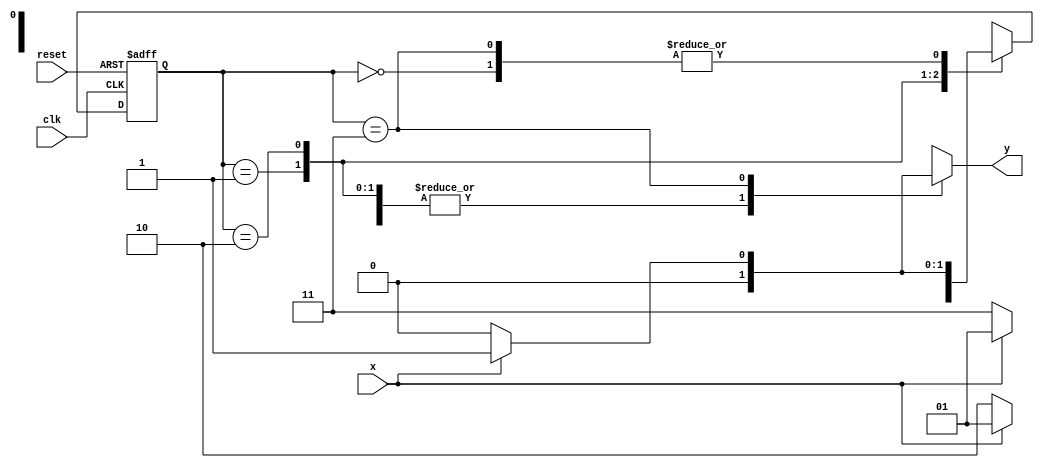
// -------------- 
// --- Mealy FSM 
// -------------- 
/* 
Mealy FSM Diagram 
__________________ 
/ \ 
1 v 1 0 1 | // found 
[start] ---> [id1] ---> [id10] ---> [id100] 
^ \0 0 | 1 / ^ 0 | // not found 
\_/ / \__/ | 
\_______/ / 
\ / 
\______________________/ 
*/ 
// constant definitions 
`define found 1 
`define notfound 0 
// FSM by Mealy 
module mealy1001 ( y, x, clk, reset ); 
output y; 
input x; 
input clk; 
input reset; 
reg y; 
parameter // state identifiers 
start = 2'b00, 
id1 = 2'b01, 
id10 = 2'b10, 
id100 = 2'b11; 
reg [1:0] E1; // current state variables 
reg [1:0] E2; // next state logic output 
// next state logic 
always @( x or E1 ) 
begin 
y = `notfound; 
case ( E1 ) 
start: 
if ( x ) 
E2 = id1; 
else 
E2 = start; 
id1: 
if ( x ) 
E2 = id1; 
else 
E2 = id10; 
id10: 
if ( x ) 
E2 = id1; 
else 
E2 = id100; 
id100: 
if ( x ) 
begin 
E2 = id1; 
y = `found; 
end 
else 
begin 
E2 = start; 
y = `notfound; 
end 
default: // undefined state 
E2 = 2'bxx; 
endcase 
end // always at signal or state changing 
// state variables 
always @( posedge clk or negedge reset ) 
begin 
if ( reset ) 
E1 = E2; // updates current state 
else 
E1 = 0; // reset 
end // always at signal changing 
endmodule // mealy1001